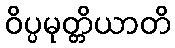
ဝိပ္ပမုတ္တိယာတိ